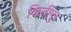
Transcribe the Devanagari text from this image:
किर्तीपुर